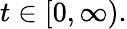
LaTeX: t\in[0,\infty).